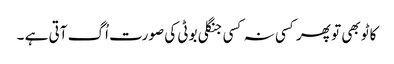
کاٹو بھی تو پھر کسی نہ کسی جنگلی بوٹی کی صورت اُگ آتی ہے ۔